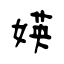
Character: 媖